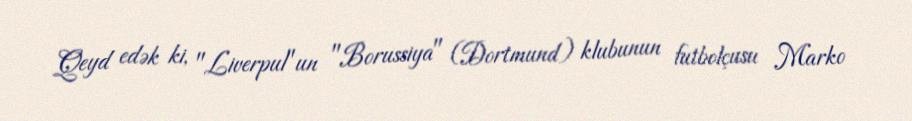
Qeyd edək ki, "Liverpul"un "Borussiya" (Dortmund) klubunun futbolçusu Marko